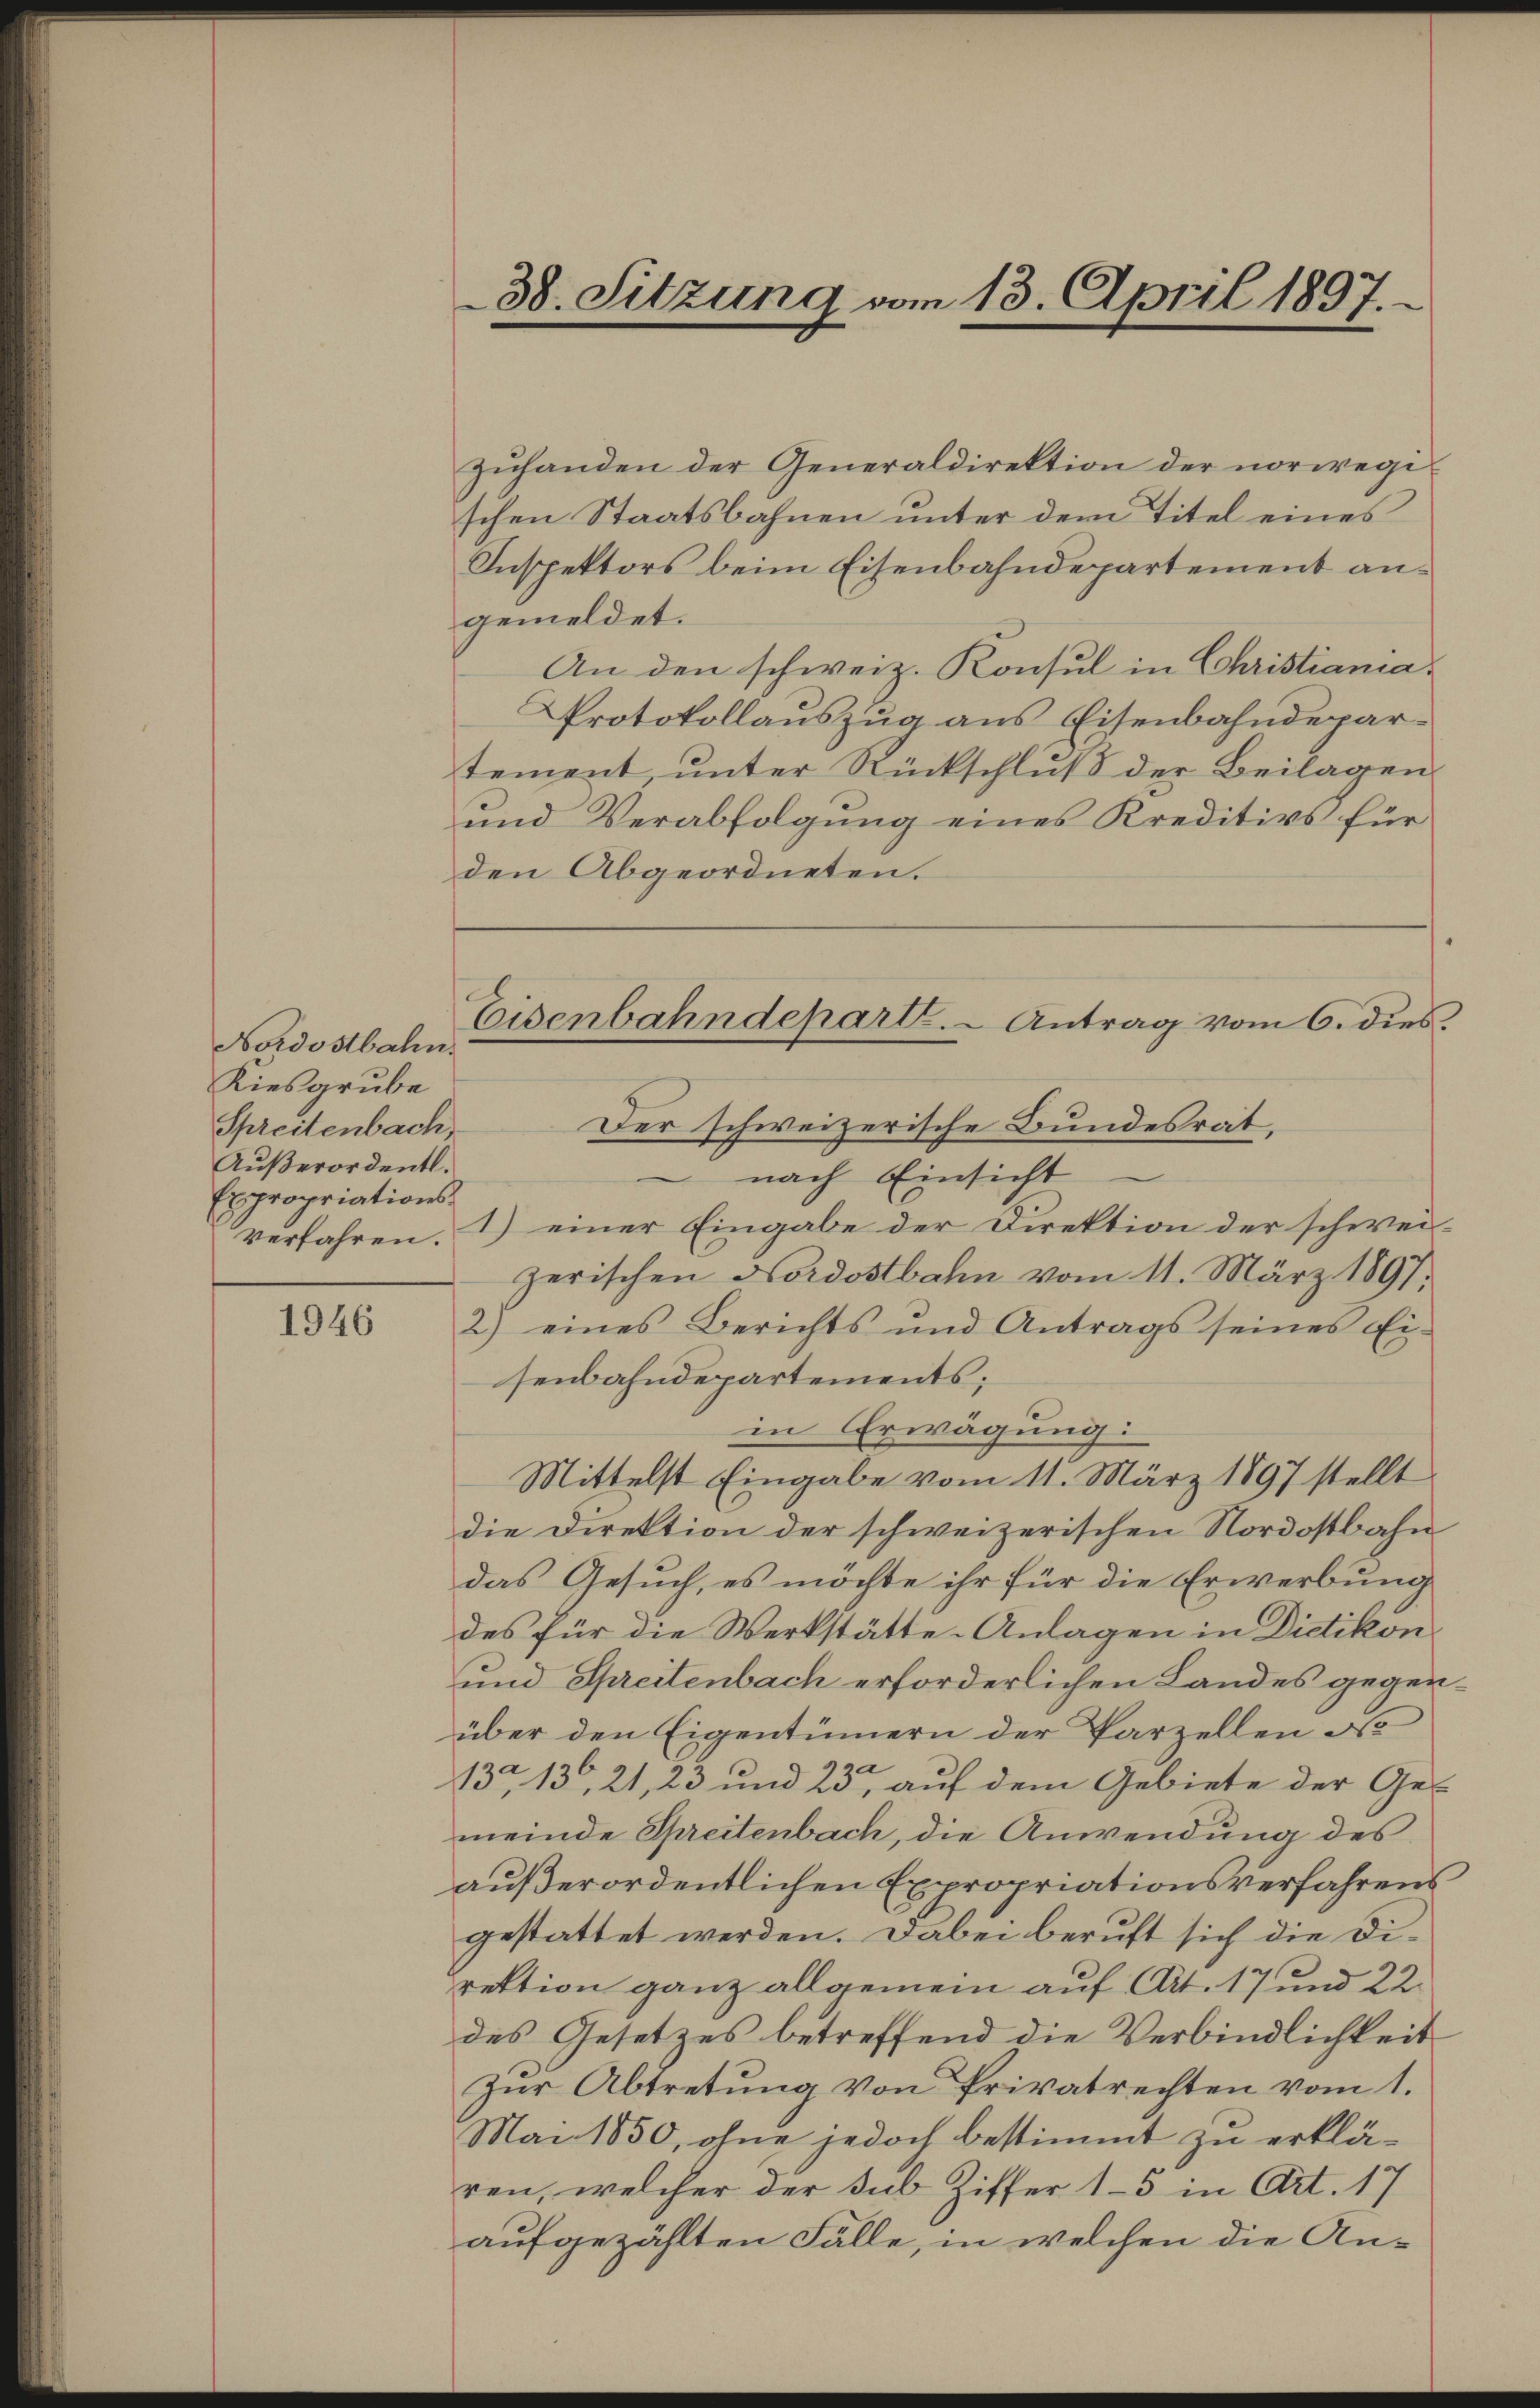
Nordostbahn.
Kiesgrube
Spreitenbach,
Außerordentl.
Expropriations-

1946

und Verabfolgung eines Kreditivs für
den Abgeordneten.

38. Sitzung vom 13. April 1897.

zuhanden der Generaldirektion der norwegischen Staatsbahnen unter dem Titel eines
Inspektors beim Eisenbahndepartement angemeldet.
An den schweiz. Konsul in Christiania.
Protokollauszug aus Eisenbahndepartement, unter Rückschluß der Beilagen
Der schweizerische Bundesrat,
nach Einsicht
verfahren. 1) einer Eingabe der Direktion der schweizerischen Nordostbahn vom 11. März 1891.
2) eines Berichts und Antrags seines Ei-
senbahndepartements;
in Erwägung:
Mittelst Eingabe vom 11. März 1897 stellt
die Direktion der schweizerischen Nordostbahn
das Gesuch, es möchte ihr für die Erwerbung
des für die Werkstätte. Anlagen in Dietikon
und Spreitenbach erforderlichen Landes gegenüber den Eigentümern der Parzellen No
134, 136, 21, 23 und 23, auf dem Gebiete der Gemeinde Spreitenbach, die Anwendung des
außerordentlichen Expropriationsverfahrens
gestattet werden. Dabei beruft sich die Direktion ganz allgemein auf Art. 17 und 22
des Gesetzes betreffend die Verbindlichkeit
Zŭr Abtretŭng von Privatrechten vom 1.
Mai 1850, ohne jedoch bestimmt zu erklä-
ren, welcher der sub Ziffer 15 in Art. 17
aufgezählten Fälle, in welchen die An¬

Eisenbahndepart. - Antrag vom 6. dies